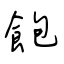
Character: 飽